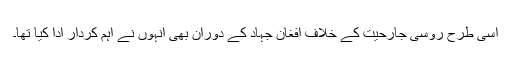
اسی طرح روسی جارحیت کے خلاف افغان جہاد کے دوران بھی انہوں نے اہم کردار ادا کیا تھا۔